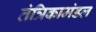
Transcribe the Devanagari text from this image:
तंत्रिकामंडल